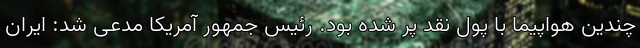
چندین هواپیما با پول نقد پر شده بود. رئیس جمهور آمریکا مدعی شد: ایران